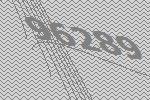
96289